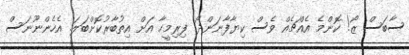
ސާބަސް ޒޯ! ކޮންމެ އެއްޗެއް ވެސް ކިޔާފާނަންދޯ. ފިރިމީހާ އަށް އިތުބާރުކޮށްބަލަ. އެހެންނޫނަސް